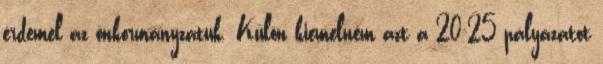
érdemel az önkormányzatuk. Külön kiemelném azt a 20-25 pályázatot